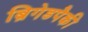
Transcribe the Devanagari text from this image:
ब्रिगेडपैकी